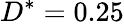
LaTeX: D^{*}=0.25